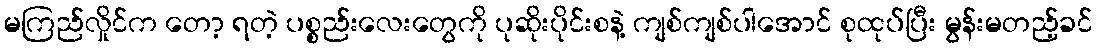
မကြည်လှိုင်က တော့ ရတဲ့ ပစ္စည်းလေးတွေကို ပုဆိုးပိုင်းစနဲ့ ကျစ်ကျစ်ပါအောင် စုထုပ်ပြီး မွန်းမတည့်ခင်